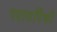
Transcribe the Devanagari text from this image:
पदार्थांपैकी